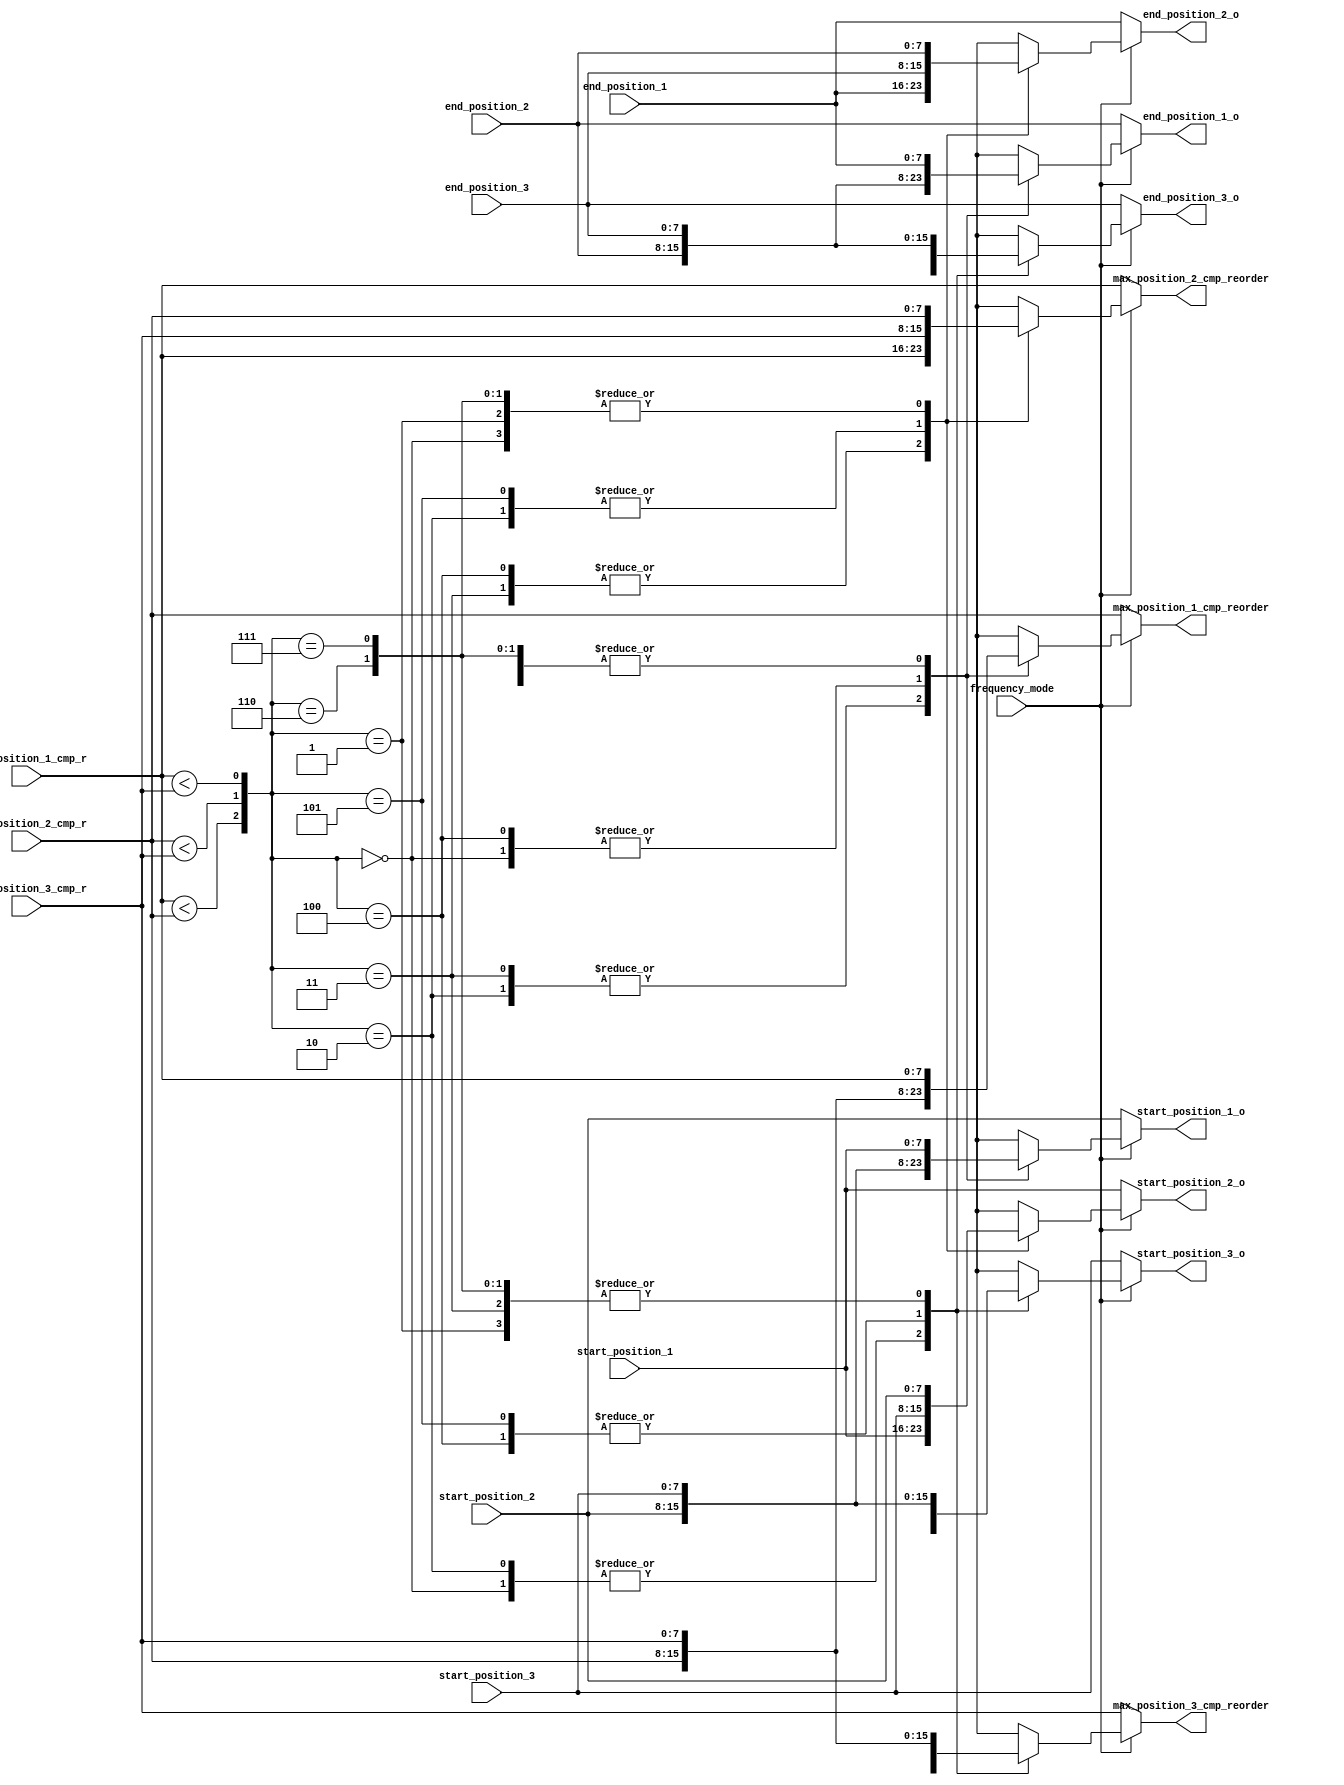
`timescale 1ns / 1ps
//////////////////////////////////////////////////////////////////////////////////
// Company: 
// Engineer: 
// 
// Design Name: 
// Module Name: position_reorder
// Project Name: 
// Target Devices: 
// Tool Versions: 
// Description: 
// 
// Dependencies: 
// 
// Revision:
// Revision 0.01 - File Created
// Additional Comments:
// 
//////////////////////////////////////////////////////////////////////////////////


module position_reorder(
input   [7:0]       start_position_1            ,
 input   [7:0]       end_position_1              ,
 input   [7:0]       start_position_2            ,
 input   [7:0]       end_position_2              ,
 input   [7:0]       start_position_3            ,
 input   [7:0]       end_position_3              ,     
 input   [7:0]       max_position_1_cmp_r        ,
 input   [7:0]       max_position_2_cmp_r        ,
 input   [7:0]       max_position_3_cmp_r        ,
 
 input               frequency_mode,
 
 
 output   [7:0]       start_position_1_o            ,
 output   [7:0]       end_position_1_o              ,
 output   [7:0]       start_position_2_o            ,
 output   [7:0]       end_position_2_o              ,
 output   [7:0]       start_position_3_o            ,
 output   [7:0]       end_position_3_o              ,      
 
 
 output   [7:0]   max_position_1_cmp_reorder,
 output   [7:0]   max_position_2_cmp_reorder,
 output   [7:0]   max_position_3_cmp_reorder 
 
 
 
 
); 
 
 
 wire   cmp1;
 wire   cmp2;
 wire   cmp3;
 assign cmp1=(max_position_1_cmp_r<max_position_2_cmp_r);
 assign cmp2=(max_position_2_cmp_r<max_position_3_cmp_r); 
 assign cmp3=(max_position_1_cmp_r<max_position_3_cmp_r);
 
 
   reg [7:0]       start_position_1_reorder     ;
   reg [7:0]       end_position_1_reorder       ;
   reg [7:0]       start_position_2_reorder     ;
   reg [7:0]       end_position_2_reorder       ;
   reg [7:0]       start_position_3_reorder     ;
   reg [7:0]       end_position_3_reorder       ;
 
 
(*mark_debug = "true"*) reg [7:0]    max_position_1_cmp_reorder_r;
(*mark_debug = "true"*) reg  [7:0]   max_position_2_cmp_reorder_r;
(*mark_debug = "true"*) reg  [7:0]   max_position_3_cmp_reorder_r;
 
 
 
 
 
 always@*
   begin
    case({cmp1,cmp2,cmp3})
	3'b000:
	begin
	start_position_1_reorder =  start_position_3   ; 
	end_position_1_reorder   =  end_position_3     ; 
	start_position_2_reorder =  start_position_2   ; 
	end_position_2_reorder   =  end_position_2     ; 
	start_position_3_reorder =  start_position_1   ; 
	end_position_3_reorder   =  end_position_1     ; 
	max_position_1_cmp_reorder_r =   max_position_3_cmp_r              ;    	
	max_position_2_cmp_reorder_r =   max_position_2_cmp_r              ;    	
	max_position_3_cmp_reorder_r =   max_position_1_cmp_r              ;    	
		
	end
 //no
   3'b001:
	begin
	start_position_1_reorder =  start_position_1   ; 
	end_position_1_reorder   =  end_position_1     ; 
	start_position_2_reorder =  start_position_2   ; 
	end_position_2_reorder   =  end_position_2     ; 
	start_position_3_reorder =  start_position_3   ; 
	end_position_3_reorder   =  end_position_3     ; 
	max_position_1_cmp_reorder_r =   max_position_1_cmp_r              ;    	
    max_position_2_cmp_reorder_r =   max_position_2_cmp_r              ;        
    max_position_3_cmp_reorder_r =   max_position_3_cmp_r              ;  
	
	
	

	end
  3'b010:
	begin
	start_position_1_reorder = start_position_2   ; 
	end_position_1_reorder   = end_position_2     ; 
	start_position_2_reorder = start_position_3   ; 
	end_position_2_reorder   = end_position_3     ; 
	start_position_3_reorder = start_position_1   ; 
	end_position_3_reorder   = end_position_1     ; 
	max_position_1_cmp_reorder_r =   max_position_2_cmp_r              ;    	
    max_position_2_cmp_reorder_r =   max_position_3_cmp_r              ;        
    max_position_3_cmp_reorder_r =   max_position_1_cmp_r              ;  

	end
	 
 3'b011:
	begin
	start_position_1_reorder =  start_position_2  ; 
	end_position_1_reorder   =  end_position_2    ; 
	start_position_2_reorder =  start_position_1  ; 
	end_position_2_reorder   =  end_position_1    ; 
	start_position_3_reorder =  start_position_3  ; 
	end_position_3_reorder   =  end_position_3    ; 
    max_position_1_cmp_reorder_r = max_position_2_cmp_r              ;    	
    max_position_2_cmp_reorder_r = max_position_1_cmp_r              ;        
    max_position_3_cmp_reorder_r = max_position_3_cmp_r              ;  



	end
 3'b100:
	begin
	start_position_1_reorder =  start_position_3  ; 
	end_position_1_reorder   =  end_position_3    ; 
	start_position_2_reorder =  start_position_1  ; 
	end_position_2_reorder   =  end_position_1    ; 
	start_position_3_reorder =  start_position_2  ; 
	end_position_3_reorder   =  end_position_2    ; 
	max_position_1_cmp_reorder_r =   max_position_3_cmp_r              ;    	
	max_position_2_cmp_reorder_r =   max_position_1_cmp_r              ;        
	max_position_3_cmp_reorder_r =   max_position_2_cmp_r              ;  

	end
 3'b101:
	begin
	start_position_1_reorder =    start_position_1                 ; 
	end_position_1_reorder   =    end_position_1                   ; 
	start_position_2_reorder =    start_position_3                 ; 
	end_position_2_reorder   =    end_position_3                   ; 
	start_position_3_reorder =    start_position_2                 ; 
	end_position_3_reorder   =    end_position_2                   ; 
    max_position_1_cmp_reorder_r =   max_position_1_cmp_r              ;    	
    max_position_2_cmp_reorder_r =   max_position_3_cmp_r              ;        
    max_position_3_cmp_reorder_r =   max_position_2_cmp_r              ;  




	end
	//no
 3'b110:
	begin
	start_position_1_reorder =  start_position_1 ; 
	end_position_1_reorder   =  end_position_1   ; 
	start_position_2_reorder =  start_position_2 ; 
	end_position_2_reorder   =  end_position_2   ; 
	start_position_3_reorder =  start_position_3 ; 
	end_position_3_reorder   =  end_position_3   ; 
    max_position_1_cmp_reorder_r =   max_position_1_cmp_r              ;    	
    max_position_2_cmp_reorder_r =   max_position_2_cmp_r              ;        
    max_position_3_cmp_reorder_r =   max_position_3_cmp_r              ;  



	end
	
	3'b111:
	begin
	start_position_1_reorder = start_position_1   ; 
	end_position_1_reorder   = end_position_1     ; 
	start_position_2_reorder = start_position_2   ; 
	end_position_2_reorder   = end_position_2     ; 
	start_position_3_reorder = start_position_3   ; 
	end_position_3_reorder   = end_position_3     ; 
max_position_1_cmp_reorder_r =   max_position_1_cmp_r              ;    	
        max_position_2_cmp_reorder_r =   max_position_2_cmp_r              ;        
        max_position_3_cmp_reorder_r =   max_position_3_cmp_r              ;  



	end
	
	
	default:;
	endcase
	
	end
	
	
	assign     start_position_1_o = (!frequency_mode)?start_position_2:start_position_1_reorder ;
	assign     end_position_1_o   = (!frequency_mode)?end_position_2  :end_position_1_reorder   ;
	assign     start_position_2_o = (!frequency_mode)?start_position_1:start_position_2_reorder ;
	assign     end_position_2_o   = (!frequency_mode)?end_position_1  :end_position_2_reorder   ;
	assign     start_position_3_o = (!frequency_mode)?start_position_3:start_position_3_reorder ;
	assign     end_position_3_o   = (!frequency_mode)?end_position_3  :end_position_3_reorder   ;
	
	assign  max_position_1_cmp_reorder =(!frequency_mode)?   max_position_2_cmp_r    : max_position_1_cmp_reorder_r ;
    assign  max_position_2_cmp_reorder =(!frequency_mode)?   max_position_1_cmp_r    : max_position_2_cmp_reorder_r ;
    assign  max_position_3_cmp_reorder =(!frequency_mode)?   max_position_3_cmp_r    : max_position_3_cmp_reorder_r ;
	
	
	
	
	
	
 endmodule